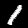
Label: 1